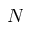
N